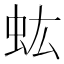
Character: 𧈽